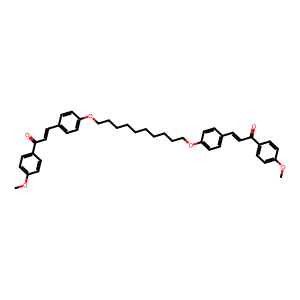
SMILES: COc1ccc(C(=O)C=Cc2ccc(OCCCCCCCCCCOc3ccc(C=CC(=O)c4ccc(OC)cc4)cc3)cc2)cc1
Inhibits HIV replication: No